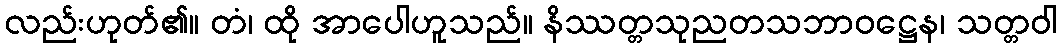
လည်းဟုတ်၏။ တံ၊ ထို အာပေါဟူသည်။ နိဿတ္တသုညတသဘာဝဋ္ဌေန၊ သတ္တဝါ